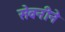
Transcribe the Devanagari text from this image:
सेवनीने